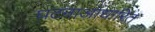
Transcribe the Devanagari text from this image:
घटनाआधारित